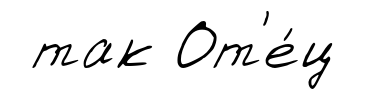
так От'е́ц